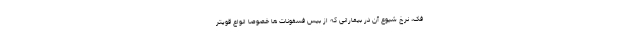
فک، نرخ شیوع آن در بیمارانی که از بیس فسفونات ها خصوصا انواع قویتر